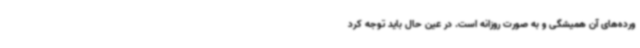
ورده‌های آن همیشگی و به صورت روزانه است. در عین حال باید توجه کرد